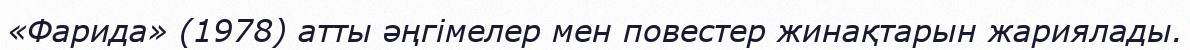
«Фарида» (1978) атты әңгімелер мен повестер жинақтарын жариялады.